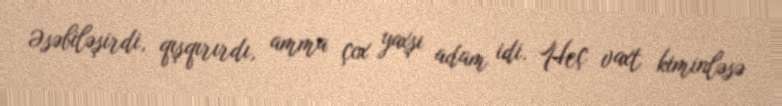
Əsəbiləşirdi, qışqırırdı, amma çox yaxşı adam idi. Heç vaxt kiminləsə